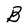
Character: B